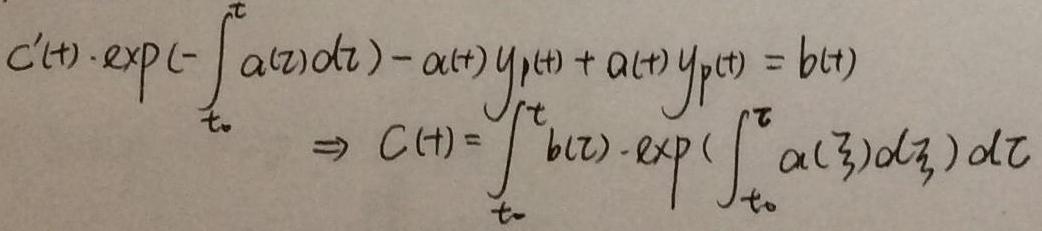
\[
\begin{align*}
c'(t)\cdot\exp\left(-\int_{t_0}^{t}\alpha(\tau)d\tau\right)-\alpha(t)y_{1}(t)+\alpha(t)y_{p}(t)&=b(t)\\
\Rightarrow c(t)&=\int_{t_0}^{t}b(\tau)\cdot\exp\left(\int_{t_0}^{\tau}\alpha(\xi)d\xi\right)d\tau
\end{align*}
\]